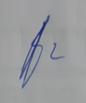
Signature authenticity: genuine